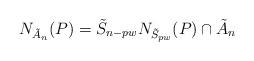
LaTeX: \begin{align*}N_{\tilde{A}_n}(P)=\tilde{S}_{n-pw}N_{\tilde{S}_{pw}}(P)\cap\tilde{A}_n\end{align*}